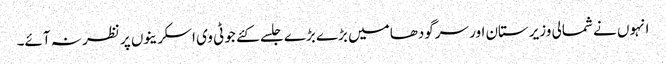
انہوں نے شمالی وزیرستان اور سرگودھا میں بڑے بڑے جلسے کئے جو ٹی وی اسکرینوں پر نظر نہ آئے۔